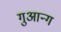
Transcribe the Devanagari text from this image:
गुआन्ग